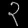
Digit: ၃